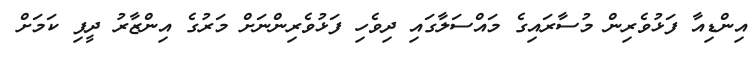
އިންޑިއާ ފަޅުވެރިން މުސާރައިގެ މައްސަލާގައި ދިވެހި ފަޅުވެރިންނަށް މަރުގެ އިންޒާރު ދީފި ކަމަށް